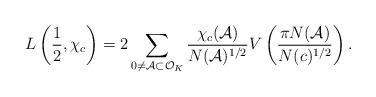
LaTeX: \begin{align*} L \left( \frac{1}{2}, \chi_c \right) = 2\sum_{0 \neq \mathcal{A} \subset \mathcal{O}_K}\frac{\chi_c(\mathcal{A})}{N(\mathcal{A})^{1/2}}V \left(\frac{\pi N(\mathcal{A}) }{N(c)^{1/2}} \right). \end{align*}